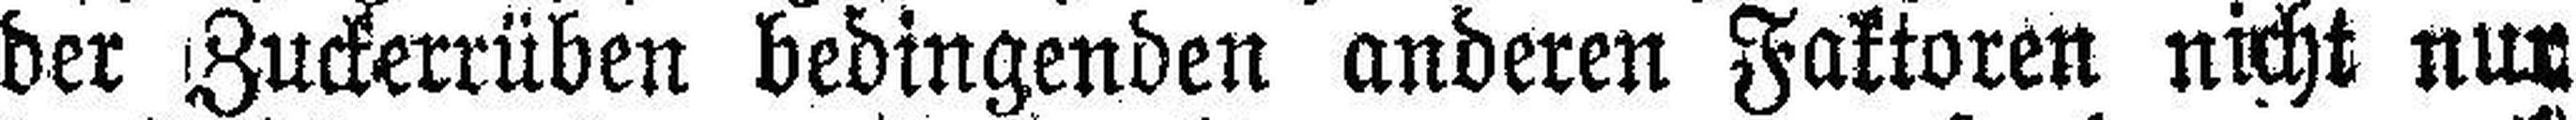
der Zuckerrüben bedingenden anderen Faktoren nicht nur